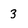
Character: 3